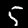
Digit: 5